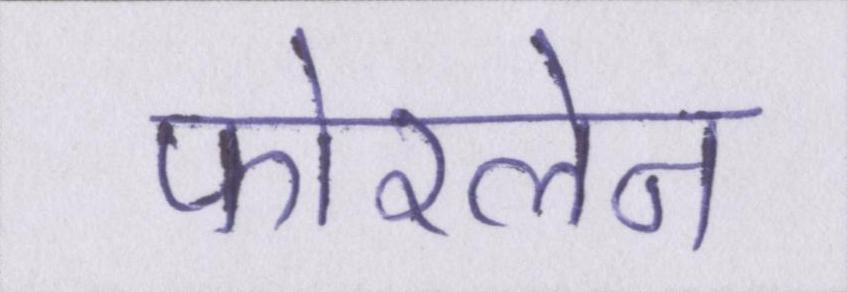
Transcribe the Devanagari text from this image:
फोरलेन